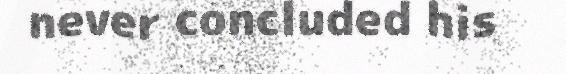
never concluded his